Civil Veterinary Department Bengal reports 1933-51 - 1933-1951
Year: 1933
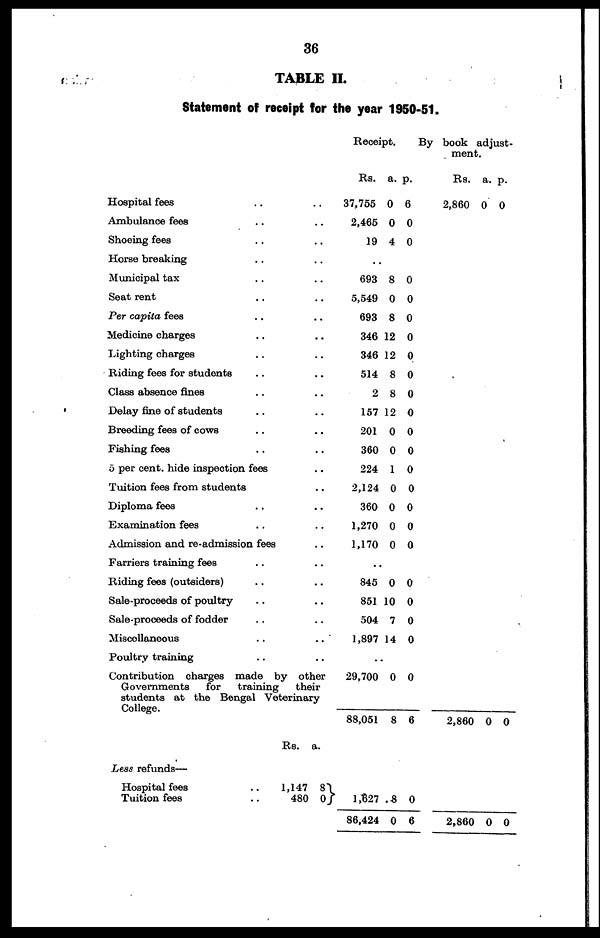
36
TABLE II.
Statement of receipt for the year 1950-51.
Hospital fees .. ..
Ambulance fees .. ..
Shoeing fees .. ..
Horse breaking .. ..
Municipal tax .. ..
Seat rent .. ..
Per capita fees .. ..
Medicine charges .. ..
Lighting charges .. ..
Riding fees for students .. ..
Class absence fines .. ..
Delay fine of students .. ..
Breeding fees of cows .. ..
Fishing fees .. ..
5 per cent, hide inspection fees ..
Tuition fees from students ..
Diploma fees .. ..
Examination fees .. ..
Admission and re-admission fees ..
Farriers training fees .. ..
Riding fees (outsiders) .. ..
Sale-proceeds of poultry .. ..
Sale-proceeds of fodder .. ..
Miscellaneous .. ..
Poultry training .. ..
Contribution charges made by other
Governments
for
training
their
students at the Bengal Veterinary
College.
Receipt.
Rs.
37,755
2,465
19
..
693
5,549
693
346
346
514
2
157
201
360
224
2,124
360
1,270
1,170
..
845
851
504
1,897
..
29,700
88,051
a.
0
0
4
8
0
8
12
12
8
8
12
0
0
1
0
0
0
0
0
10
7
14
0
8
p.
6
0
0
0
0
0
0
0
0
0
0
0
0
0
0
0
0
0
0
0
0
0
0
6
By book
adust-
ment.
Rs.
2,860
2,860
a.
0
0
p.
0
0
Less refunds—
Hospital fees ..
Tuition fees ..
Rs.
1,147
480
a.
8
0
1,627
86,424
8
0
0
6
2,860 0 0